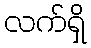
လက်ရှိ